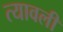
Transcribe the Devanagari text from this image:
त्यावली